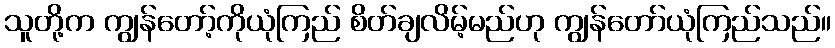
သူတို့က ကျွန်တော့်ကိုယုံကြည် စိတ်ချလိမ့်မည်ဟု ကျွန်တော်ယုံကြည်သည်။